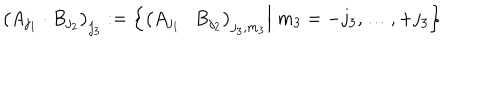
\big ( A _ { j _ { 1 } } \cdot B _ { j _ { 2 } } \big ) _ { j _ { 3 } } : = \left\{ \big ( A _ { j _ { 1 } } \cdot B _ { j _ { 2 } } \big ) _ { j _ { 3 } , m _ { 3 } } \Big | \; m _ { 3 } = - j _ { 3 } , \dots , + j _ { 3 } \right\}